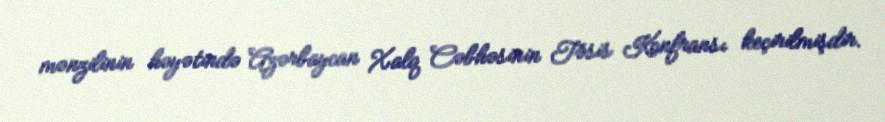
mənzilinin həyətində Azərbaycan Xalq Cəbhəsinin Təsis Konfransı keçirilmişdir.